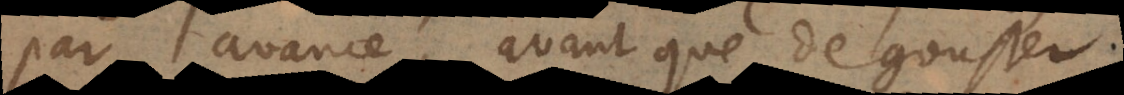
par avance, avant que de gouster